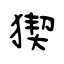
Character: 猰